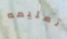
تعليمه